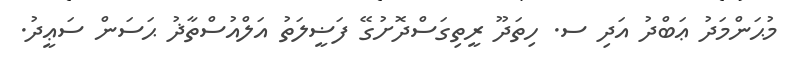
މުޙަންމަދު ޢަބްދު އަދި ސ. ހިތަދޫ ރީތިގަސްދޮށުގޭ ފަޟީލަތު އަލްއުސްތާޛު ޙަސަން ސަޢީދު.